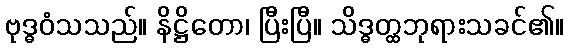
ဗုဒ္ဓဝံသသည်။ နိဋ္ဌိတော၊ ပြီးပြီ။ သိဒ္ဓတ္ထဘုရားသခင်၏။